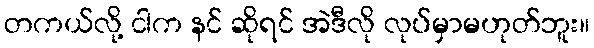
တကယ်လို့ ငါက နင် ဆိုရင် အဲဒီလို လုပ်မှာမဟုတ်ဘူး။